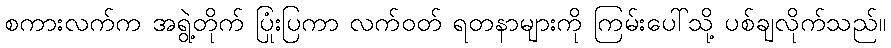
စကားလက်က အရွဲ့တိုက် ပြုံးပြကာ လက်ဝတ် ရတနာများကို ကြမ်းပေါ်သို့ ပစ်ချလိုက်သည်။